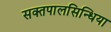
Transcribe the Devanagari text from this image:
सक्तपालसिन्धिया